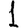
Digit: 1